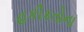
હકીકતોના